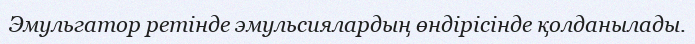
Эмульгатор ретінде эмульсиялардың өндірісінде қолданылады.